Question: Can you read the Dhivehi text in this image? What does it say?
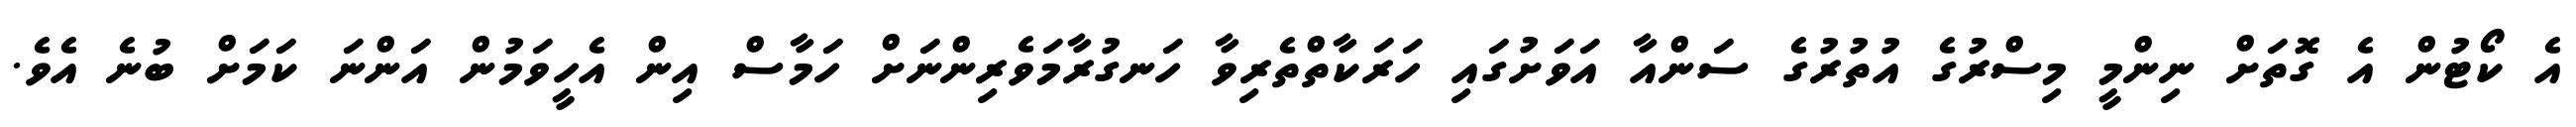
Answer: އެ ކޯޓުން އެ ގޮތަށް ނިންމީ މިސްރުގެ އުތުރުގެ ސަންއާ އަވަށުގައި ހަރަކާތްތެރިވާ ހަނގުރާމަވެރިންނަށް ހަމާސް އިން އެހީވަމުން އަންނަ ކަމަށް ބުނެ އެވެ.